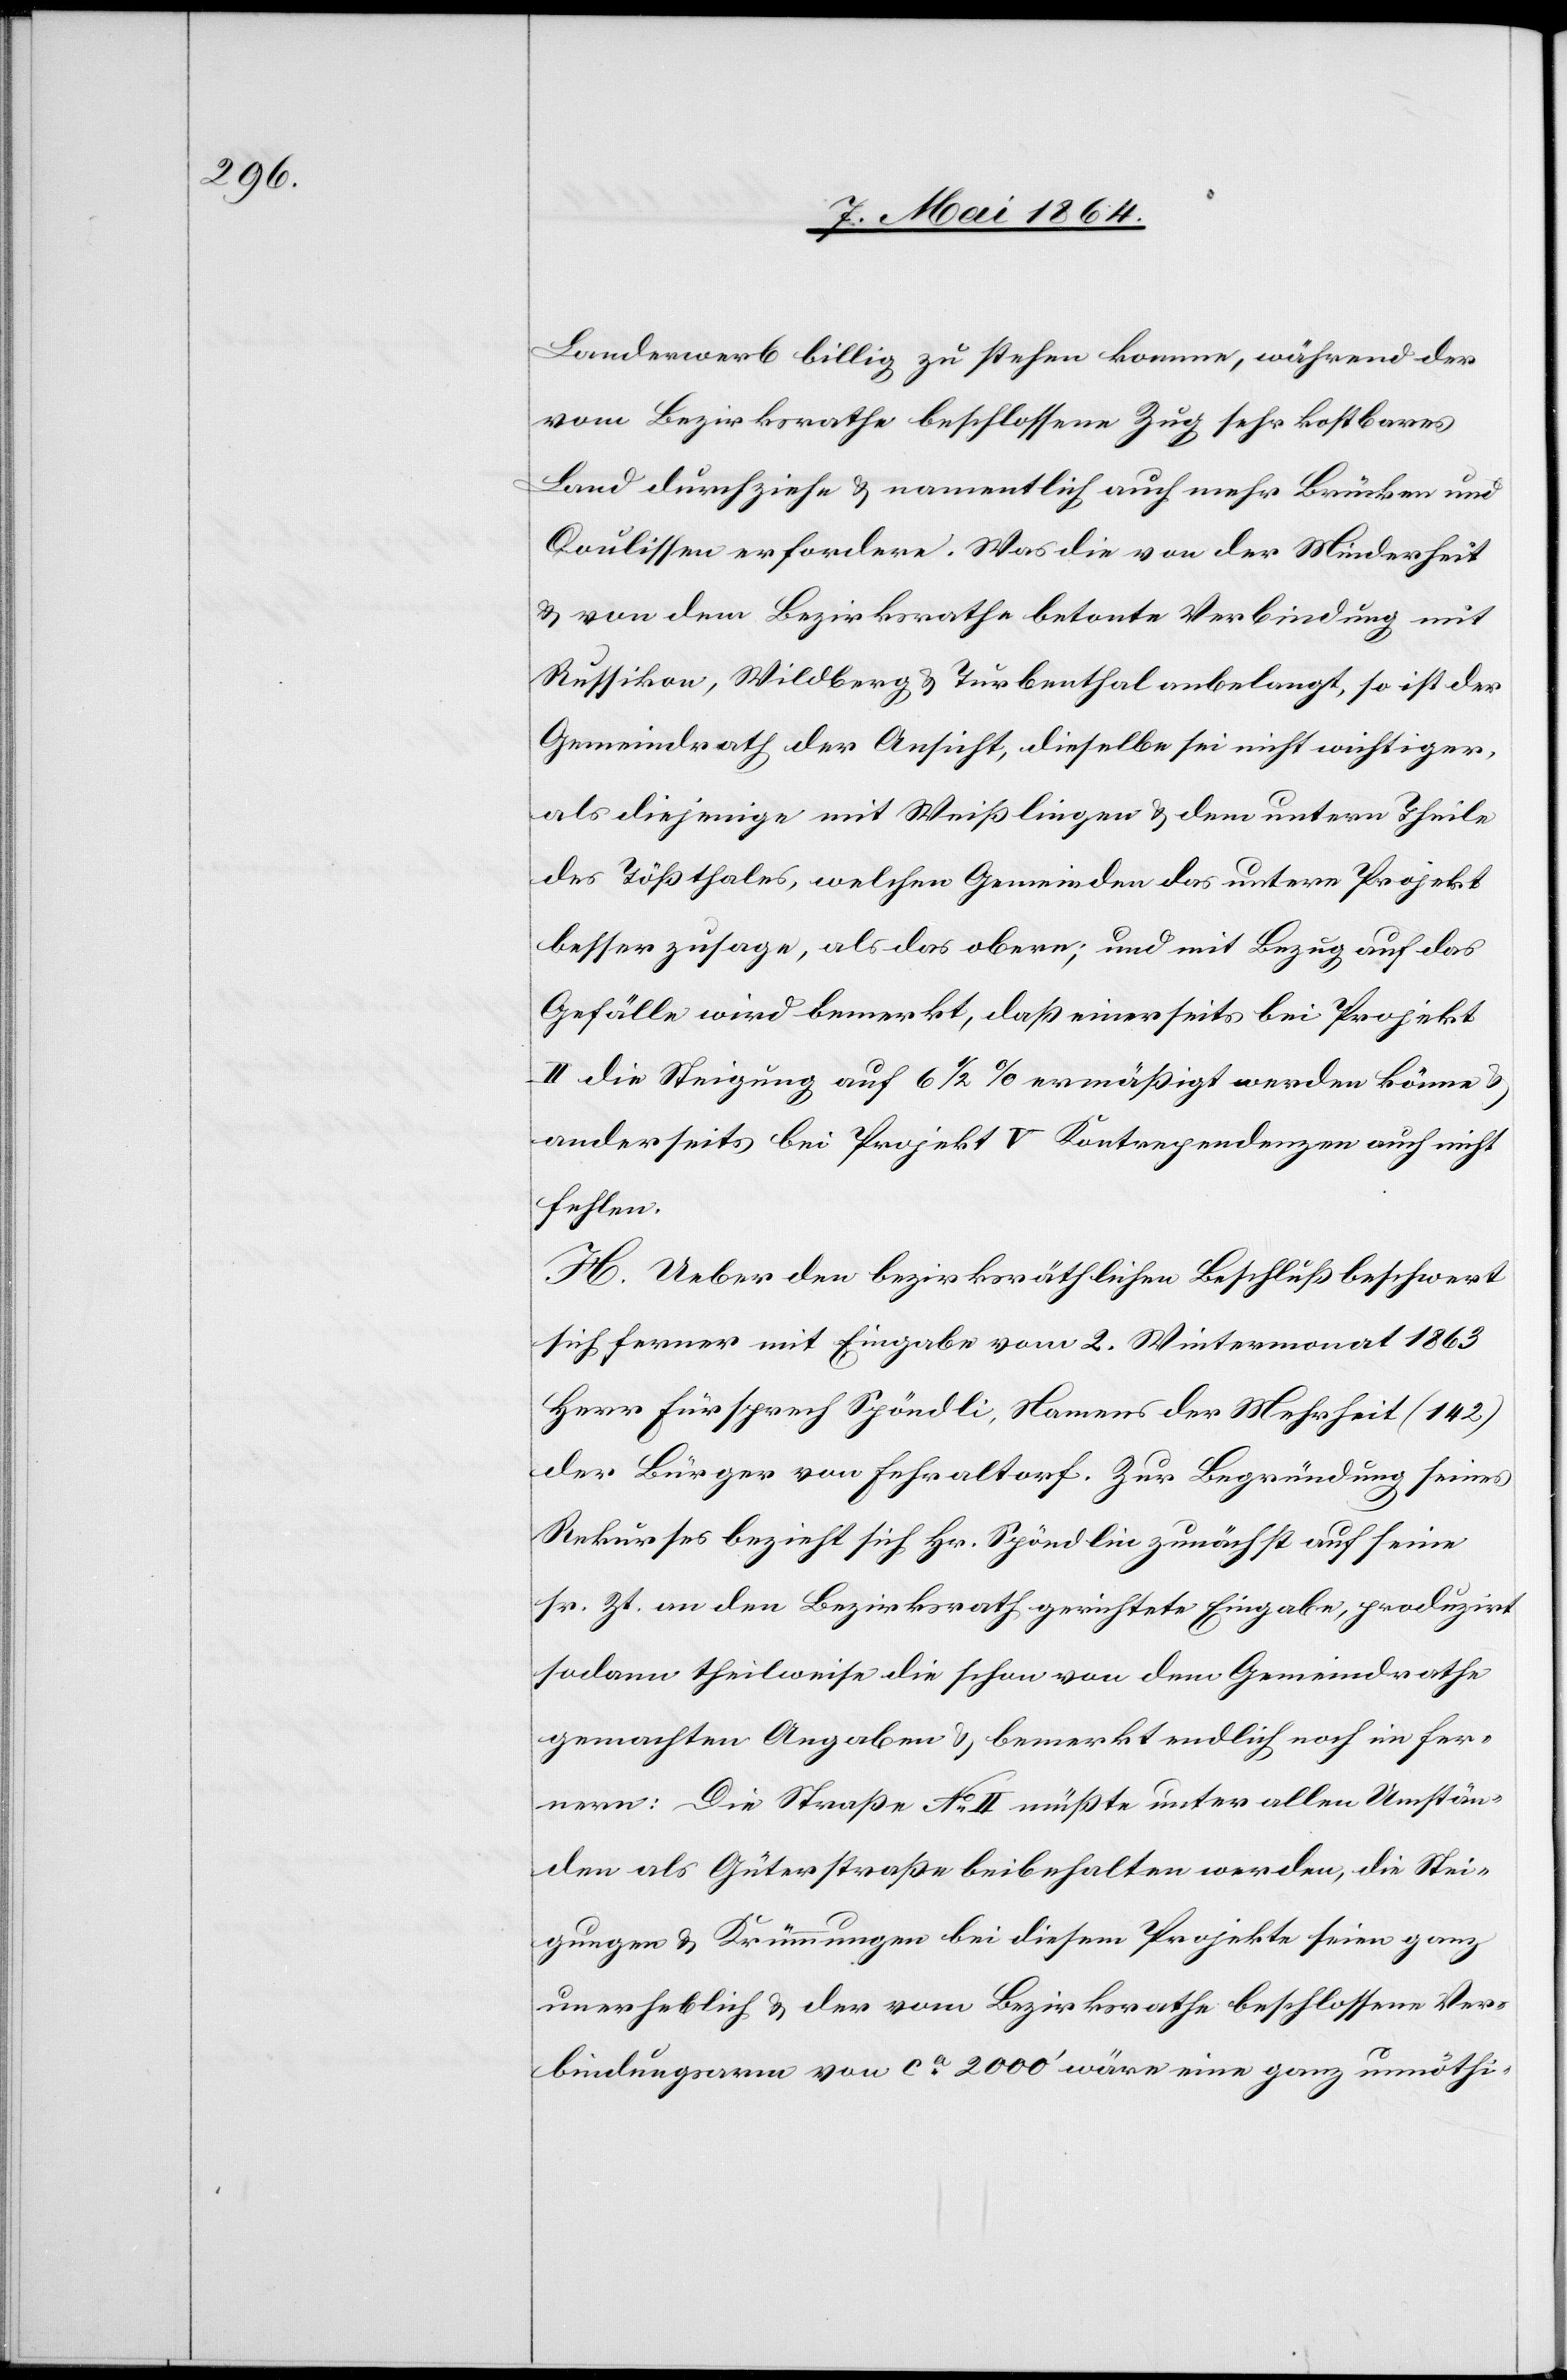
Landerwerb billig zu stehen komme, während der
vom Bezirksrathe beschlossene Zug sehr kostbares
Land durchziehe u. namentlich auch mehr Brücken und
Coulissen erfordere. Was die von der Minderheit
u. von dem Bezirksrathe betonte Verbindung mit
Russikon, Wildberg u. Turbenthal anbelangt, so ist der
Gemeindrath der Ansicht, dieselbe sei nicht wichtiger
als diejenige mit Weißlingen u. dem untern Theile
des Tößthales, welchen Gemeinden das untere Projekt
besser zusage, als das obere; und mit Bezug auf das
Gefälle wird bemerkt, daß einerseits bei Projekt
II die Steigung auf 6 1/2% ermäßigt werden könne u.
anderseits bei Projekt V Kontrependenzen auch nicht
fehlen.
H. Ueber den bezirksräthlichen Beschluß beschwert
sich ferner mit Eingabe vom 2. Wintermonat 1863
Herr Fürsprech Spöndli, Namens der Mehrheit (142)
der Bürger von Fehraltorf. Zur Begründung seines
Rekurses bezieht sich Hr. Spöndlin [sic!] zunächst auf seine
sr. Zt. an den Bezirksrath gerichtete Eingabe, produzirt
sodann theilweise die schon von dem Gemeindrathe
gemachten Angaben u. bemerkt endlich noch im Fer¬
nern: Die Straße No II müßte unter allen Umstän¬
den als Güterstraße beibehalten werden, die Stei¬
gungen u. Krümmungen bei diesem Projekte seien ganz
unerheblich u. der vom Bezirksrathe beschlossene Ver¬
bindungsarm von ca 2000’ wäre eine ganz unnöthi-